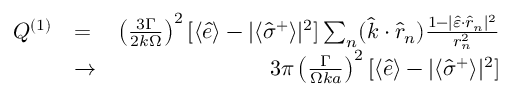
\begin{array} { r l r } { { \cal Q } ^ { ( 1 ) } } & { = } & { \left( \frac { 3 \Gamma } { 2 k \Omega } \right) ^ { 2 } [ \langle \hat { e } \rangle - | \langle \hat { \sigma } ^ { + } \rangle | ^ { 2 } ] \sum _ { n } ( \hat { k } \cdot \hat { r } _ { n } ) \frac { 1 - | \hat { \varepsilon } \cdot \hat { r } _ { n } | ^ { 2 } } { r _ { n } ^ { 2 } } } \\ & { \to } & { 3 \pi \left( \frac { \Gamma } { \Omega k a } \right) ^ { 2 } [ \langle \hat { e } \rangle - | \langle \hat { \sigma } ^ { + } \rangle | ^ { 2 } ] } \end{array}